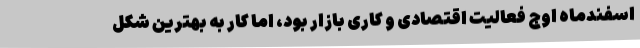
اسفندماه اوج فعالیت اقتصادی و کاری بازار بود، اما کار به بهترین شکل